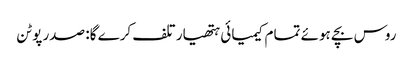
روس بچے ہوئے تمام کیمیائی ہتھیار تلف کرے گا: صدر پوٹن